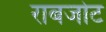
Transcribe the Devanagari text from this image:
राबजोट